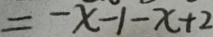
= - x - 1 - x + 2